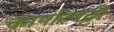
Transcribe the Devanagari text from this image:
कापरिपट्टी